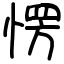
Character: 愣